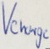
Text: Vcharge